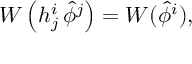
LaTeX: W \left( h _ { j } ^ { i } \, \hat { \phi } ^ { j } \right) = W ( \hat { \phi } ^ { i } ) ,